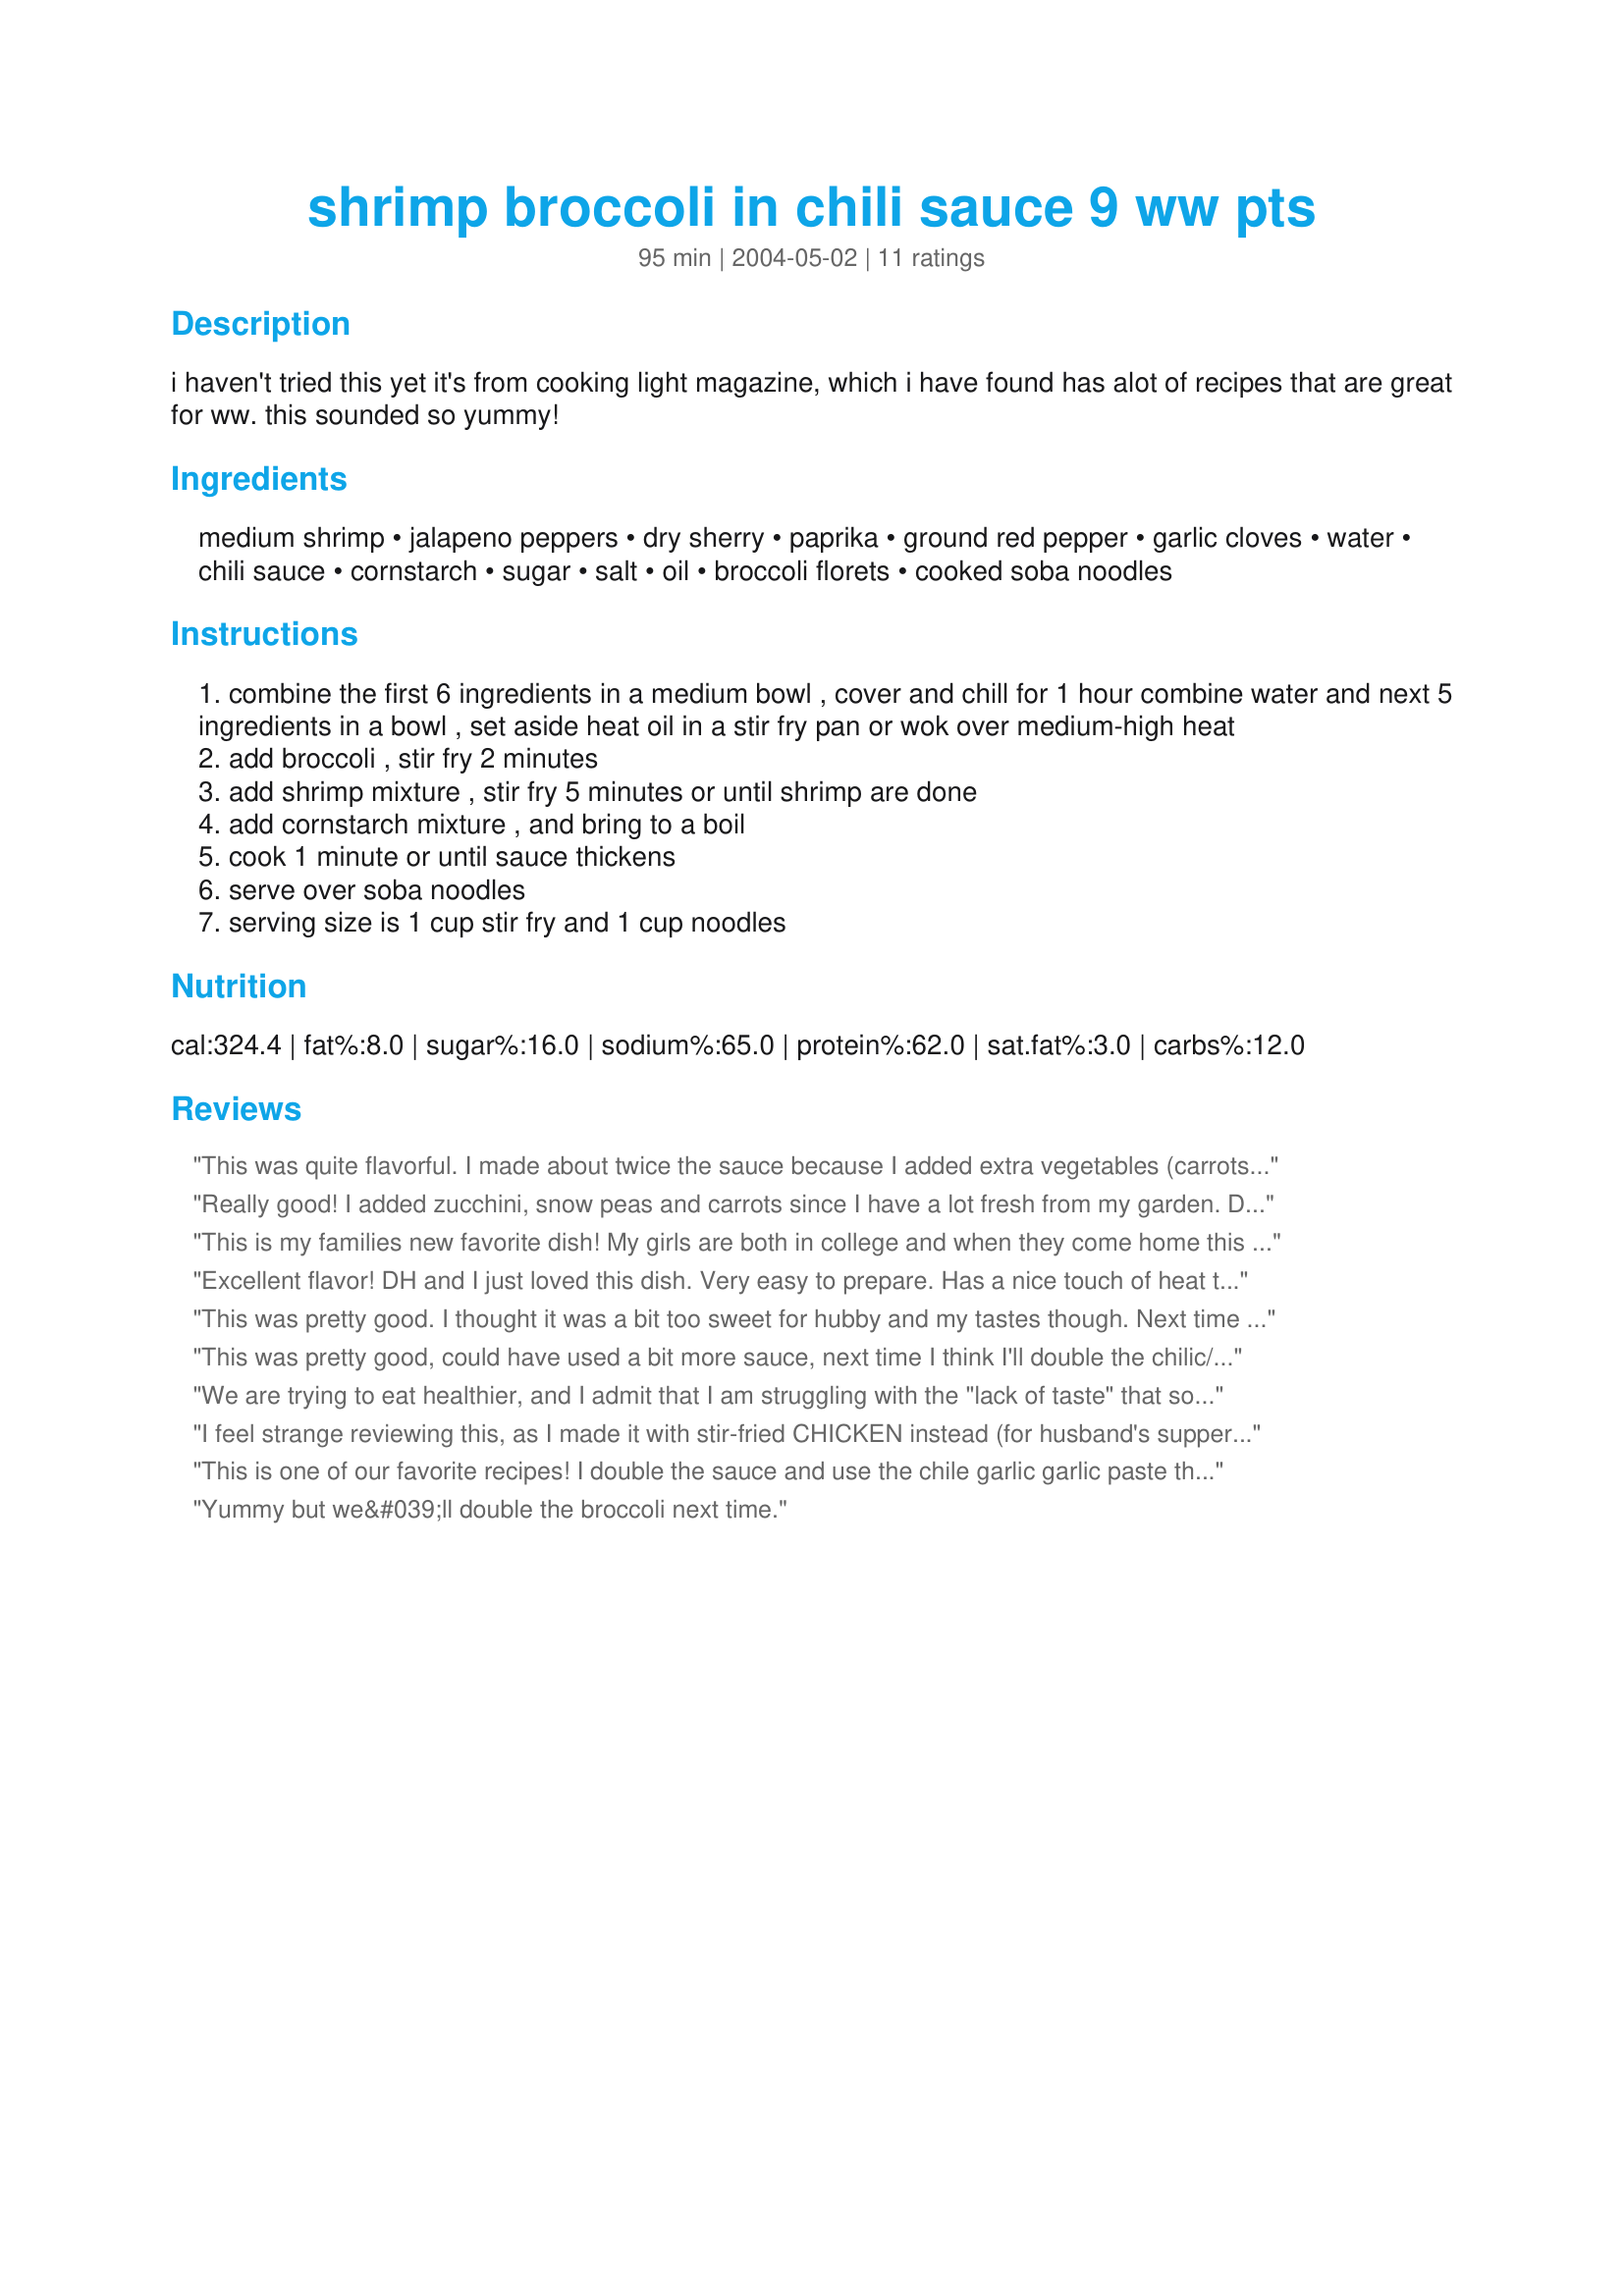
shrimp broccoli in chili sauce 9 ww pts
Preparation time: 95 minutes

i haven't tried this yet it's from cooking light magazine, which i have found has alot of recipes that are great for ww. this sounded so yummy!

Ingredients:
medium shrimp, jalapeno peppers, dry sherry, paprika, ground red pepper, garlic cloves, water, chili sauce, cornstarch, sugar, salt, oil, broccoli florets, cooked soba noodles

Steps:
combine the first 6 ingredients in a medium bowl , cover and chill for 1 hour combine water and next 5 ingredients in a bowl , set aside heat oil in a stir fry pan or wok over medium-high heat
add broccoli , stir fry 2 minutes
add shrimp mixture , stir fry 5 minutes or until shrimp are done
add cornstarch mixture , and bring to a boil
cook 1 minute or until sauce thickens
serve over soba noodles
serving size is 1 cup stir fry and 1 cup noodles

Reviews:
This was quite flavorful. I made about twice the sauce because I added extra vegetables (carrots and cauliflower and water chestnuts). I also splashed in a bit of soy sauce and sesame oil. I served it with curly noodles. My 8 year old ate it - even though she thought it was spicy. Thanks for sharing!
Really good! I added zucchini, snow peas and carrots since I have a lot fresh from my garden. Definitely has a kick. Thank you!
This is my families new favorite dish! My girls are both in college and when they come home this is what they request. We like our dishes hot and spicy, so I added quite a bit of crushed red pepper. This is really yummy!!
Excellent flavor! DH and I just loved this dish. Very easy to prepare. Has a nice touch of heat to it. I cut it in half and came out perfect. I plan to make this one of my repeat recipes on the WW program. Great one dish meal. Thanks, Bri22 for posting.
This was pretty good. I thought it was a bit too sweet for hubby and my tastes though. Next time I'll probably use 1 tsp or less sugar. I added yellow bell pepper, celery, and sliced onion in addition to the broccoli.
This was pretty good, could have used a bit more sauce, next time I think I'll double the chilic/cornstarch mixture. I like my stir-fries to be saucy! thanks for the recipe!
We are trying to eat healthier, and I admit that I am struggling with the "lack of taste" that so many light recipes seem to have. Admittedly, this was surprisingly good for being a light meal. It had a good flavor and a little zip. The prep time needs to be adjusted because it doesn't take into account marinating the shrimp, which completely threw me off when starting to make it.
I feel strange reviewing this, as I made it with stir-fried CHICKEN instead (for husband's supper; I'm a vegetarian!) and just wanted to say that he LOOOVVVVVVED it. Can't wait to try with shrimp...the sauce is so piquant and tasty (I stole some of the broccoli from his plate...)
This is one of our favorite recipes! I double the sauce and use the chile garlic garlic paste that you find in the Asian aisle instead of Heinz (that helps with the sweetness). I also add a touch of sesame oil to the soba noodles before I mix the shrimp and broccoli in. So yummy!
Yummy but we&#039;ll double the broccoli next time.
As I am recovering from a surgery, I printed out this recipe and instructed my VERY amateur chef husband to cook. He did it exactly as written with jalepenos being his chile pepper of choice. He said it was rather easy - I thought it was delicious! So 1/month, my husband will be making this in our household.....thanks Bri22!
